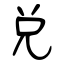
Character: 兌